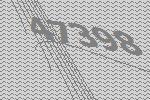
47398